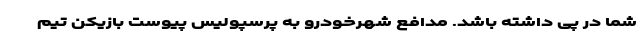
شما در پی داشته باشد. مدافع شهرخودرو به پرسپولیس پیوست بازیکن تیم